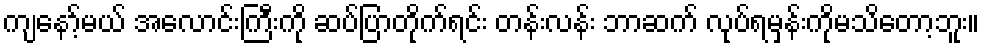
ကျနော့်မယ် အလောင်းကြီးကို ဆပ်ပြာတိုက်ရင်း တန်းလန်း ဘာဆက် လုပ်ရမှန်းကိုမသိတော့ဘူး။